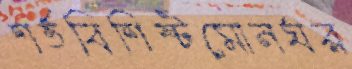
শর্তবিশিষ্টমোনঘর